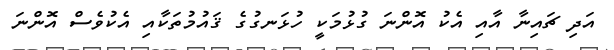
އަދި ޗައިނާ އާއި އެކު އޮންނަ ގުޅުމަކީ ހުޅަނގުގެ ޤައުމުތަކާއި އެކުވެސް އޮންނަ